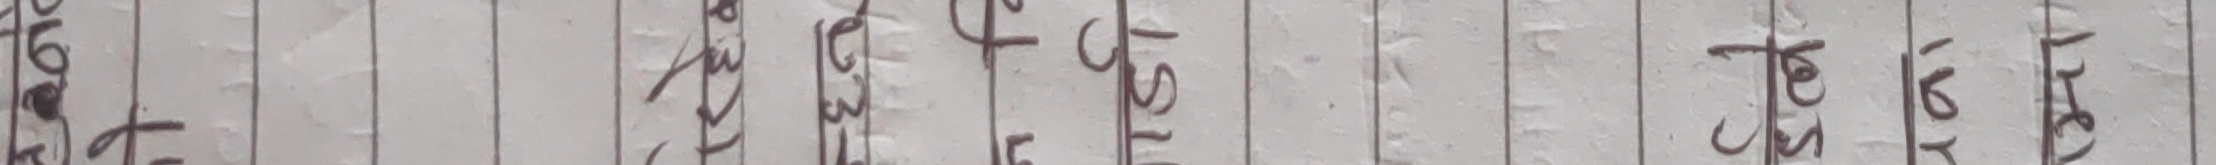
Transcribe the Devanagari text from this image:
९५
३४६
८६५
१०५
१२५